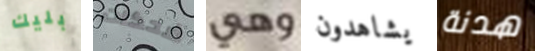
بليك ضحكات وهي يشاهدون هدنة